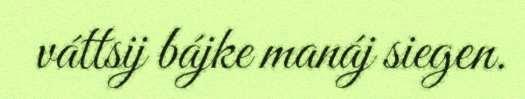
váttsij bájke manáj siegen.